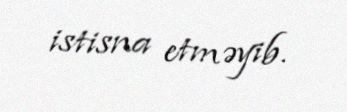
istisna etməyib.